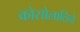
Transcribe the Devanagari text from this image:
कोसोलातिने